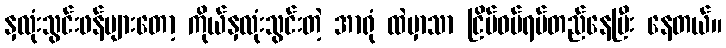
နှလုံးသွင်းဖန်များတော့ ကိုယ်နှလုံးသွင်းတဲ့ အာရုံ ထဲမှာသာ ငြိမ်ဝပ်ရပ်တည်နေပြီး နေတယ်။